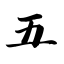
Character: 五